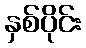
နှစ်ပိုင်း